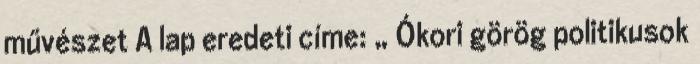
művészet A lap eredeti címe: „ Ókori görög politikusok